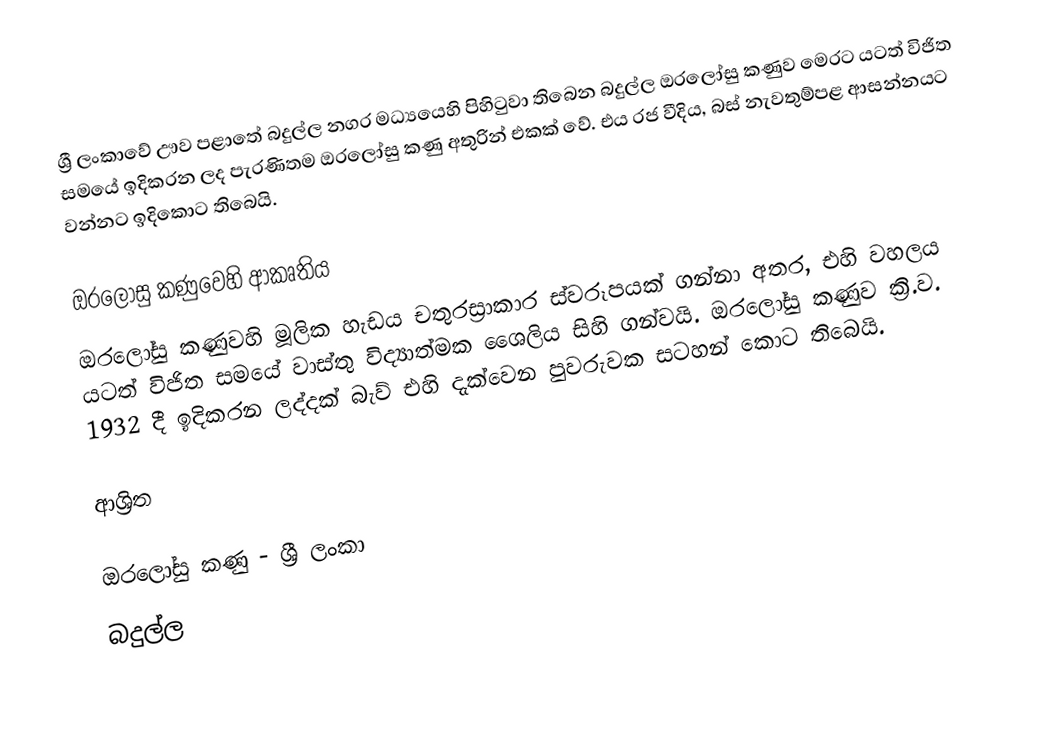
ශ්‍රී ලංකාවේ ඌව පළාතේ බදුල්ල නගර මධ්‍යයෙහි පිහිටුවා තිබෙන බදුල්ල ඔරලෝසු කණුව මෙරට යටත් විජිත සමයේ ඉදිකරන ලද පැරණිතම ඔරලෝසු කණු අතුරින් එකක් වේ. එය රජ වීදිය, බස් නැවතුම්පළ ආසන්නයට වන්නට ඉදිකොට තිබෙයි.

ඔරලෝසු කණුවෙහි ආකෘතිය
ඔරලෝසු කණුවහි මූලික හැඩය චතුරස්‍රාකාර ස්වරූපයක් ගන්නා අතර, එහි වහලය යටත් විජිත සමයේ වාස්තු විද්‍යාත්මක ශෛලිය සිහි ගන්වයි. ඔරලෝසු කණුව ක්‍රි.ව. 1932 දී ඉදිකරන ලද්දක් බැව් එහි දැක්වෙන පුවරුවක සටහන් කොට තිබෙයි.

ආශ්‍රිත

ඔරලෝසු කණු - ශ්‍රී ලංකා
බදුල්ල